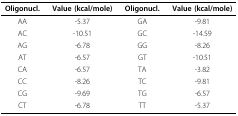
| Oligonucl. | Value (kcal/mole) | Oligonucl. | Value (kcal/mole) |
 | --- | --- | --- | --- |
 | AA | -5.37 | GA | -9.81 |
 | AC | -10.51 | GC | -14.59 |
 | AG | -6.78 | GG | -8.26 |
 | AT | -6.57 | GT | -10.51 |
 | CA | -6.57 | TA | -3.82 |
 | CC | -8.26 | TC | -9.81 |
 | CG | -9.69 | TG | -6.57 |
 | CT | -6.78 | TT | -5.37 |